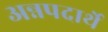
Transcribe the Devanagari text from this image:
अन्नपदार्थे